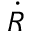
\dot { R }